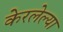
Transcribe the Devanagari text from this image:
केरलेल्या